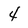
Character: 4